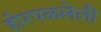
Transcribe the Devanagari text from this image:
होरपळलेली